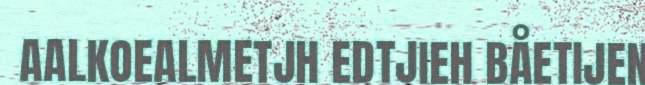
AALKOEALMETJH EDTJIEH BÅETIJEN